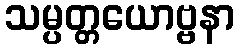
သမ္ပတ္တယောဗ္ဗနာ